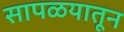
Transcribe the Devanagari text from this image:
सापळयातून